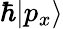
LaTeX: \hbar|p_{x}\rangle